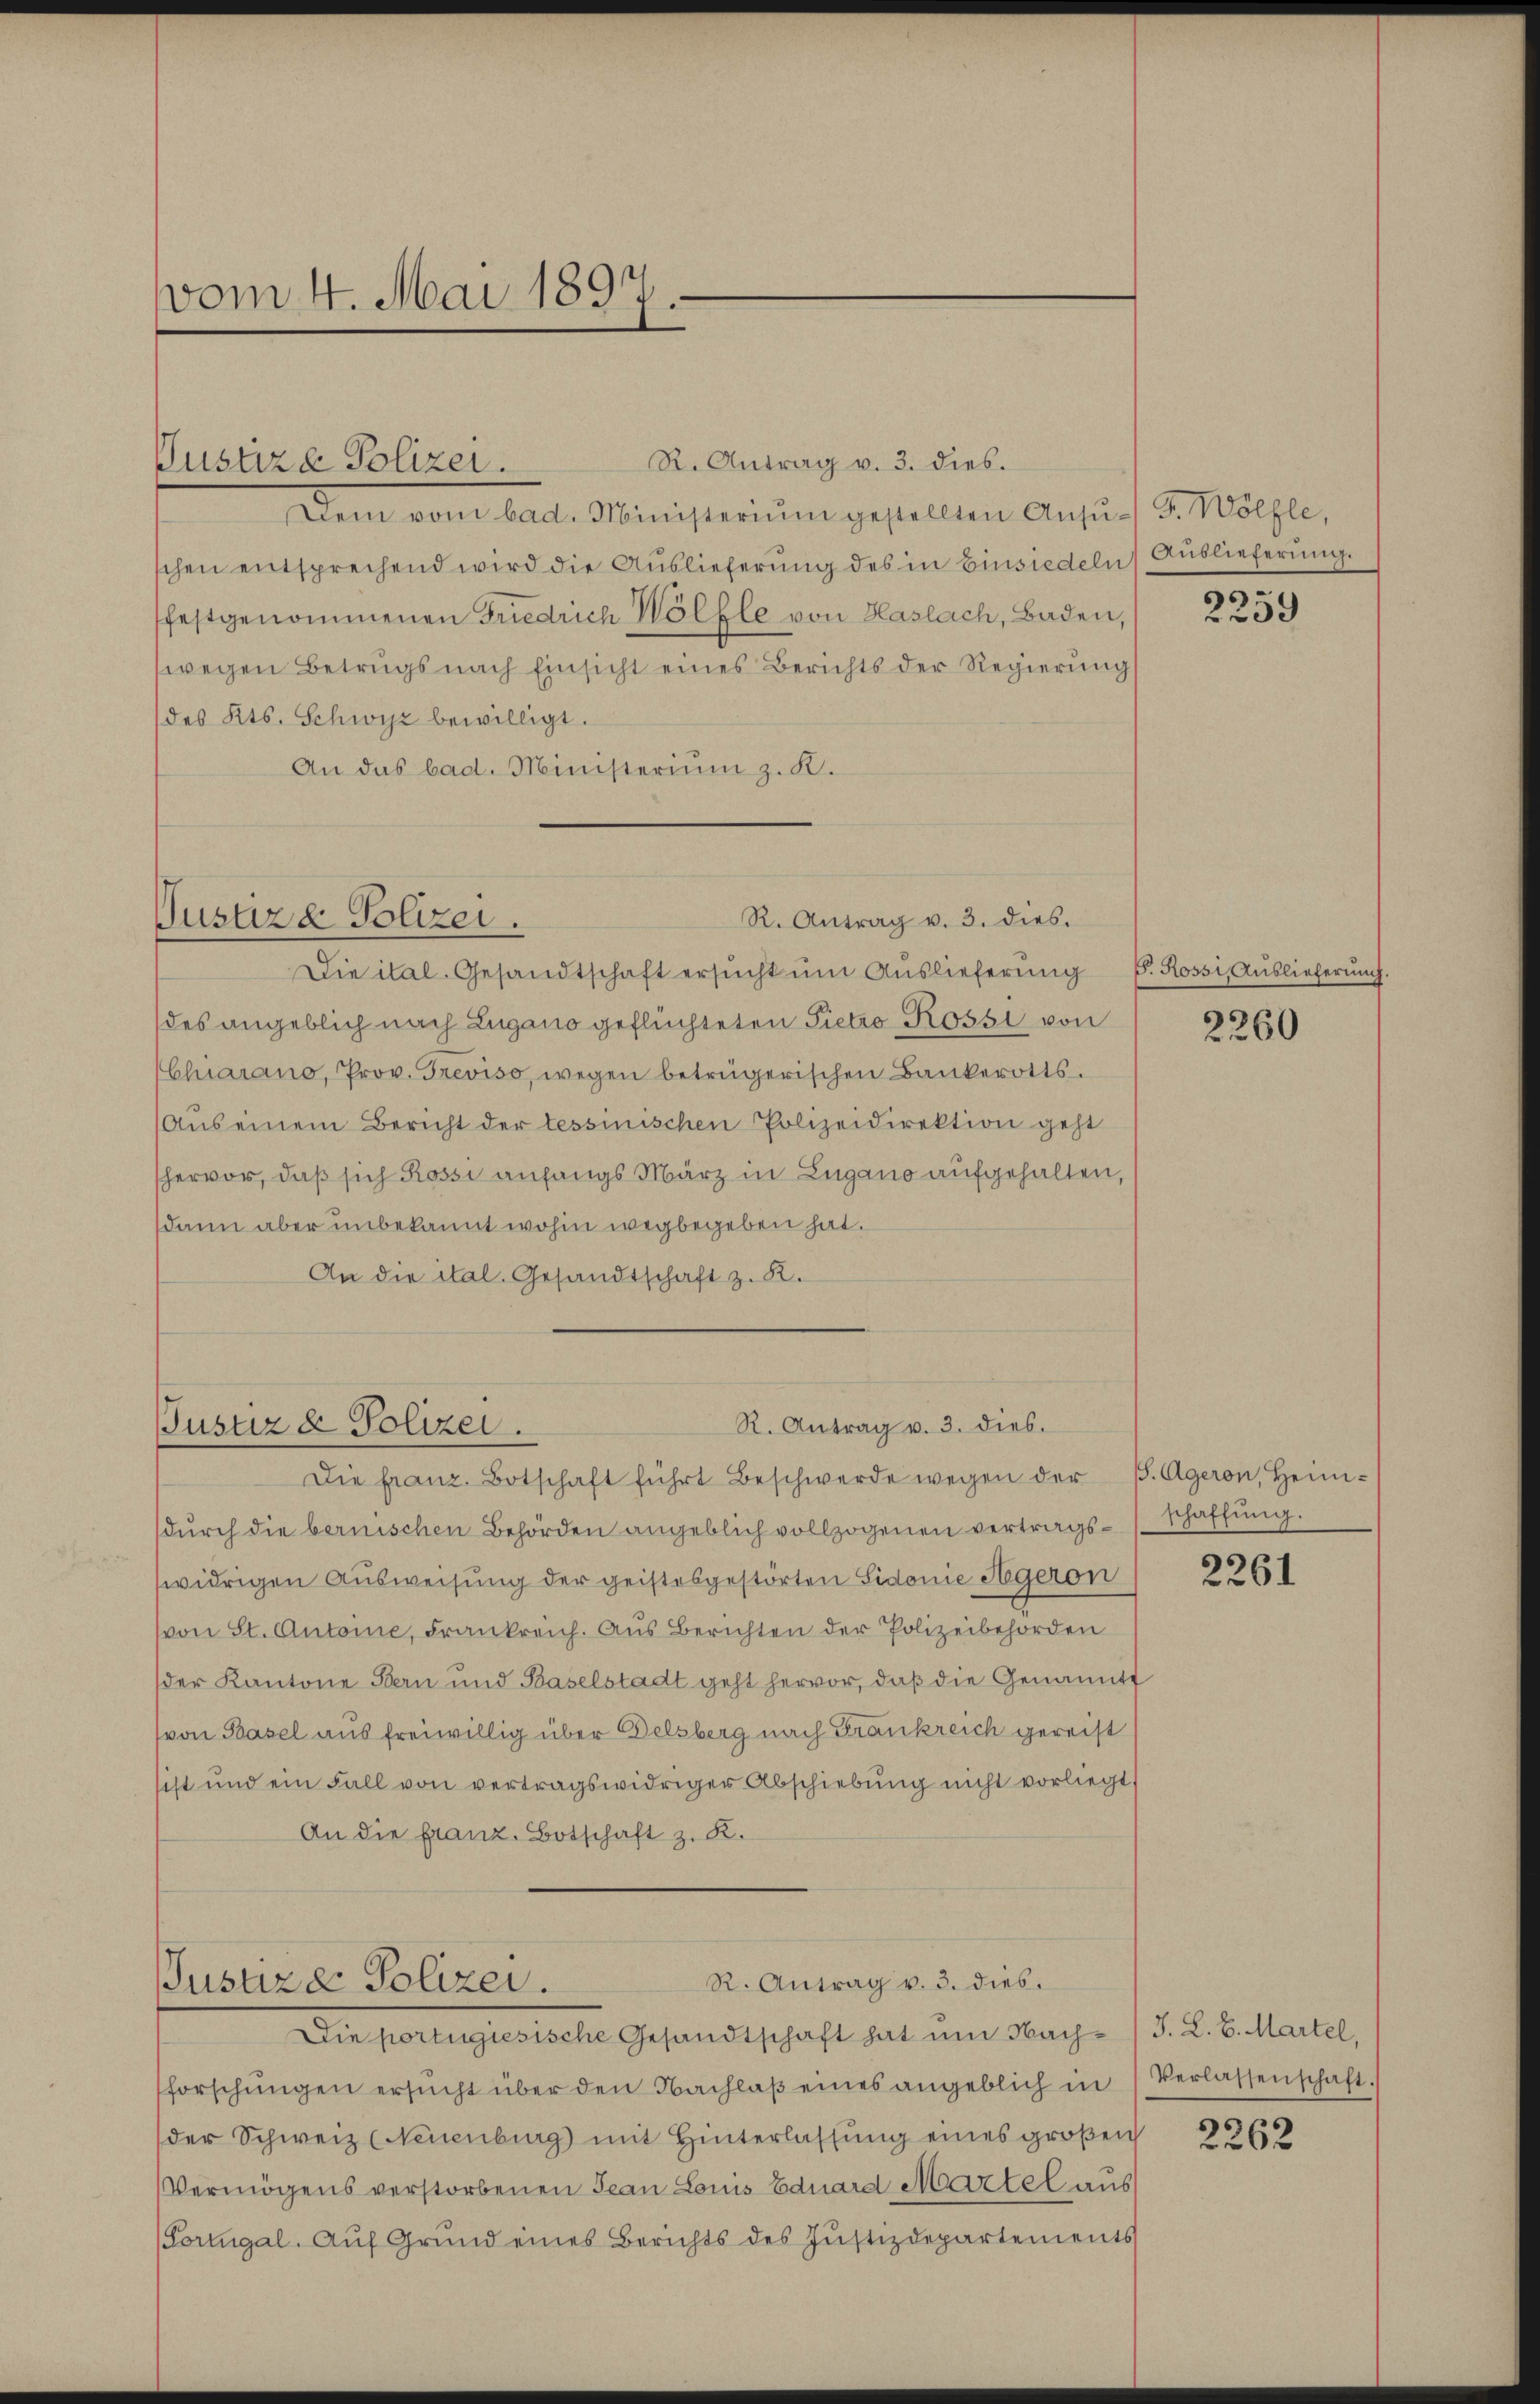
vom 4. Mai 1897.

Justize Polizei.

R. Antrag v. 3. dies.
Justiz & Polizei.

R. Antrag v. 3. dies.
Justiz & Polizei.

R. Antrag v. 3. dies.
Dem vom bad. Ministerium gestellten Ansŭch d. Mölle,
schen entsprechend wird die Auslieferung des in Einsiedeln) Auslieferung.
festgenommenen Friedrich Wölfle von Haslach, Baden,
wegen Betrugs nach Einsicht eines Berichts der Regierŭng
des Kts. Schwyz bewilligt.
An das bad. Ministerium z. B.

Die ital. Gesandtschaft ersucht um Auslieferung
des angeblich nach Lugano geflüchteten Pietro Rossi von
Chiarano, Prov. Treviso, wegen betrügerischen Bankerotts.
Auseinem Bericht der tessinischen Polizeidirektion geht
hervor, daß sich Rossi anfangs März in Lugano aufgehalten,
dann aber unbekannt wohin wegbegeben hat.
An die ital. Gesandtschaft z. R.

R. Antrag v. 3. dies.
usuze Polizei.

Die franz. Botschaft führt beschwerde wegen der B. Ageron, Heim-
dŭrch die bernischen Behörden angeblich vollzogenen vertrags- schaffŭng.
widrigen Ausweisung der geistesgestörten Sidonie Hegeron
(von St. Antoine, Frankreich. Aus Berichten der Polizeibehörden
der Kantone Bern und Baselstadt geht hervor, daß die Genannt
von Basel aus freiwillig über Delsberg nach Frankreich gereist
sest und ein Fall von vertragswidriger Abschiebung nicht vorliegt,
An die franz. Botschaft z. R.

Die portugiesische Gesandtschaft hat um Nach-/J. L. B. Martel,
forschŭngen ersŭcht über den Nachlaβ eines angeblich in Verlassenschaft.
der Schweiz (Neuenburg mit Hinterlassŭng eines großen
Vermögens verstorbenen Jean Louis Eduard Martel aus
(Fortugal. Auf Grund eines Berichts des Justizdepartements

2259

G. Rossi, Auslieferung.

2260

2261

2262